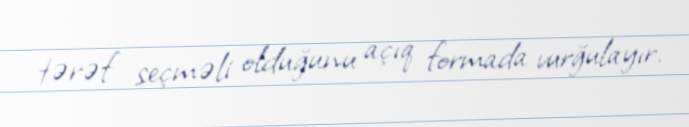
tərəf seçməli olduğunu açıq formada vurğulayır.